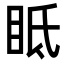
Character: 眡